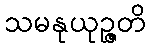
သမနုယုဉ္ဇတိ